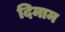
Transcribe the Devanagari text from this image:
दिमाम